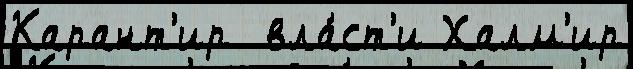
Карант'ир  вла́ст'и Халм'ир